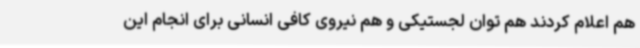
هم اعلام کردند هم توان لجستیکی و هم نیروی کافی انسانی برای انجام این